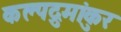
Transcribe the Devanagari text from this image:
कल्पद्रुमांकुर